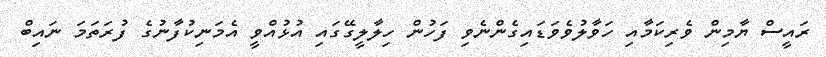
ރައީސް ޔާމިން ވެރިކަމާއި ހަވާލުވެވަޑައިގެންނެވި ފަހުން ހިލާލީގޭގައި އުޅުއްވީ އެމަނިކުފާނުގެ ފުރަތަަމަ ނައިބް